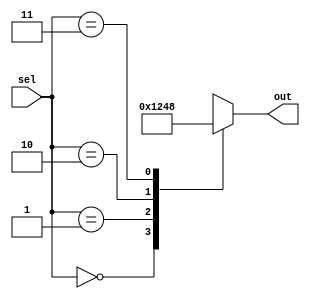
module unique_case_statement(
    input [1:0] sel,
    output reg [3:0] out
);

always @(*)
begin
    case(sel)
        2'b00: out = 4'b0001;
        2'b01: out = 4'b0010;
        2'b10: out = 4'b0100;
        2'b11: out = 4'b1000;
    endcase
end

endmodule